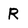
Character: R